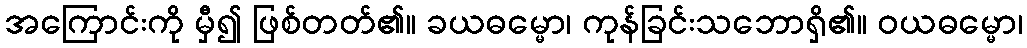
အကြောင်းကို မှီ၍ ဖြစ်တတ်၏။ ခယဓမ္မော၊ ကုန်ခြင်းသဘောရှိ၏။ ဝယဓမ္မော၊